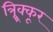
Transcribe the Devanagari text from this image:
त्र्र्र्रिक्कूर